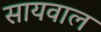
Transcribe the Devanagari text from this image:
सायवाल